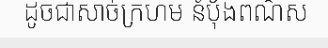
ដូចជាសាច់ក្រហម នំប៉័ងពណ៌ស